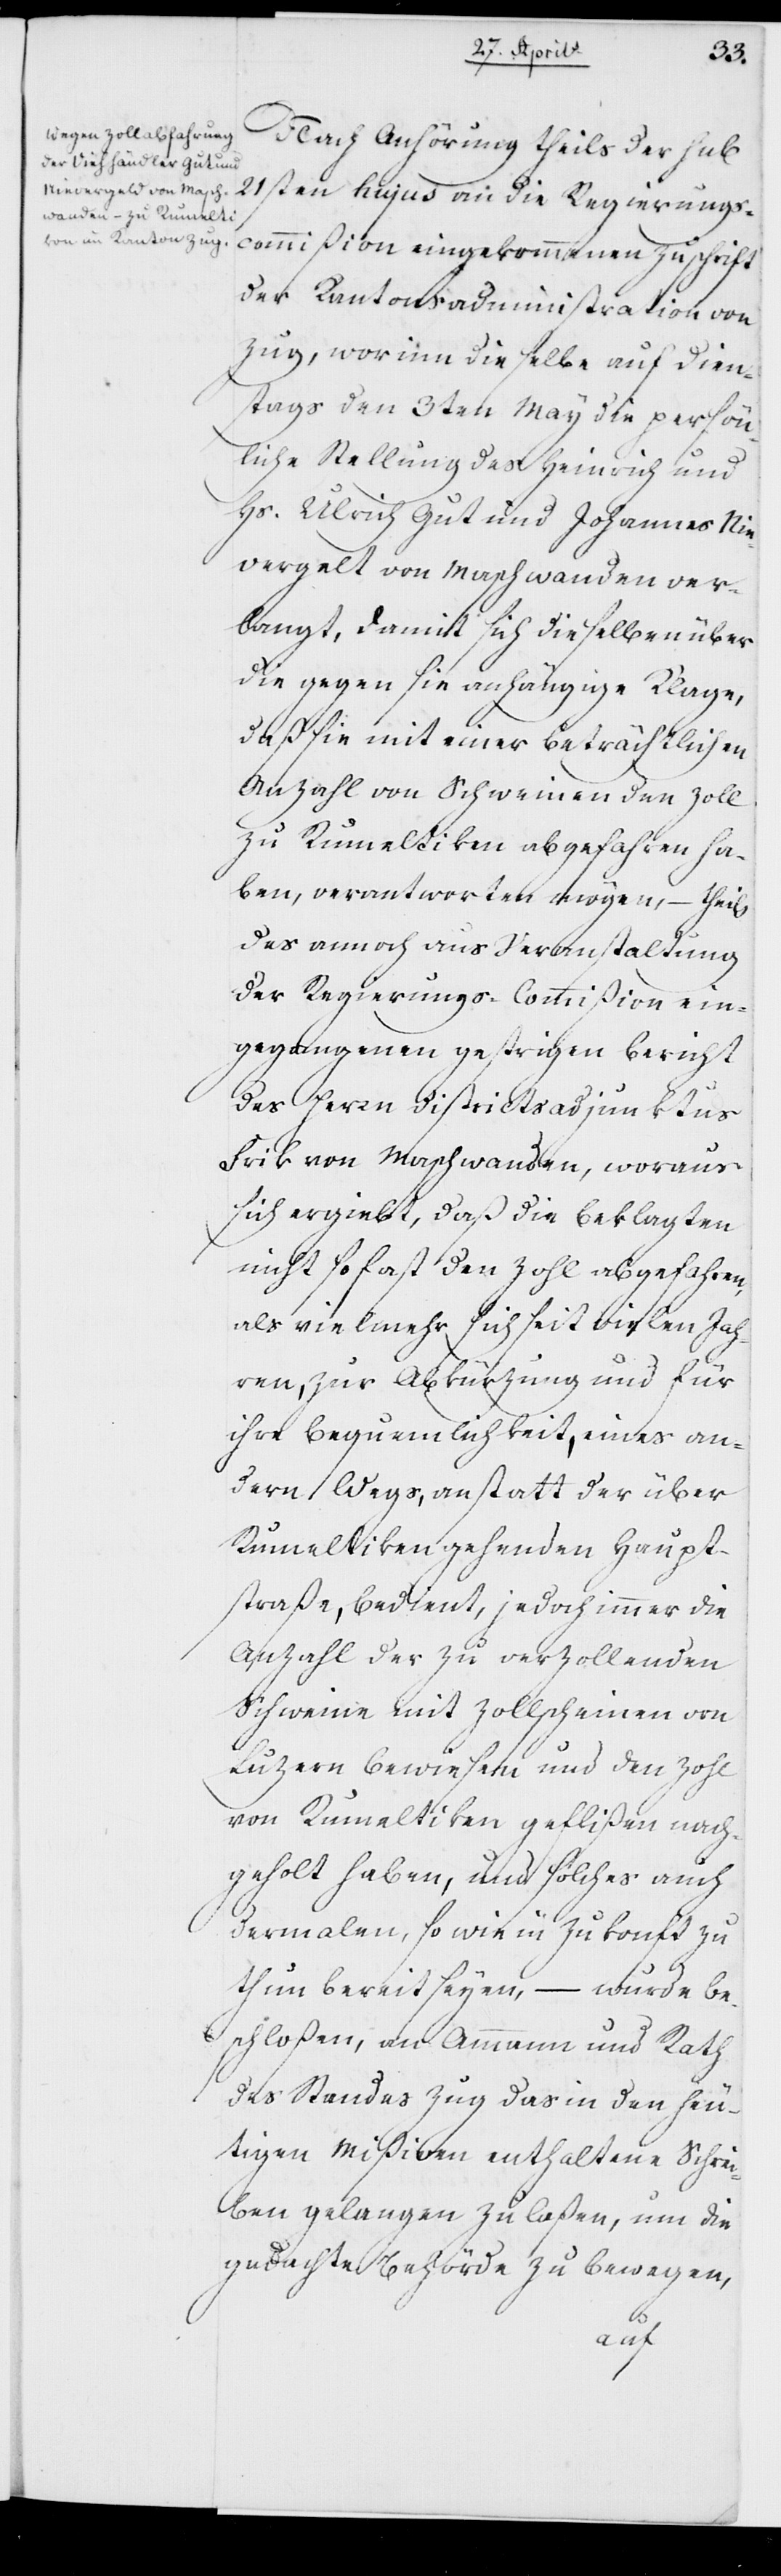
Nach Anhörung theils der sub
21sten hujus an die Regierungs¬
commißion eingekommenen Zuschrift
der Kantonsadministration von
Zug, worinn dieselbe auf diens¬
tags den 3ten May die persön¬
liche Stellung des Heinrich und
Hs. Ulrich Gut und Johannes Nie¬
vergelt [sic!] von Maschwanden ver¬
langt, damit sich dieselben über
die gegen sie anhängige Klage,
daß sie mit einer beträchtlichen
Anzahl von Schweinen den Zoll
haben, verantworten mögen, – theils
des annoch aus Veranstaltung
der Regierungs-Commißion ein¬
gegangenen gestrigen Bericht
des Herrn Districtadjunktus
Frik von Maschwanden, woraus
sich ergiebt, daß die Beklagten
nicht so fast den Zoll abgefahren,
als vielmals sich seit vielen Jah¬
ren, zur Abkürzung und für
ihre Bequemlichkeit, eines an¬
dern Wegs, anstatt der über
Rumeltiken gehenden Haupt¬
straße, bedient, jedoch immer die
Anzahl der zu verzollenden
Schweine mit Zollscheinen von
Luzern bewiesen und den Zohl
von Rumeltiken geflißen nach¬
geholt haben, und solches auch
dermalen, so wie in Zukunft zu
tun bereit seyen, – wurde be¬
schloßen, an Ammann und Rath
des Standes Zug das in den heu¬
tigen Mißiven enthaltene Schrei¬
ben gelangen zu laßen, um die
gedachte Behörde zu bewegen,